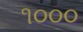
૧૦૦૦